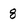
Character: 8